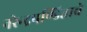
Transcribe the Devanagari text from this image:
नरेन्द्रपण्डिताचे